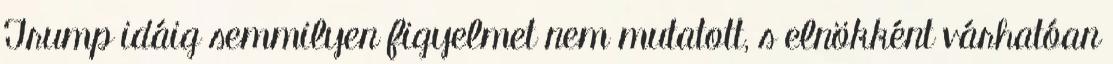
Trump idáig semmilyen figyelmet nem mutatott, s elnökként várhatóan